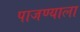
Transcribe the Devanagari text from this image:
पाजण्याला